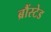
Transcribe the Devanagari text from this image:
ब्रौंस्टेड